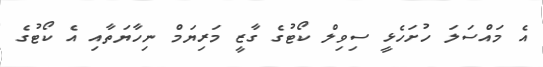
އެ މައްސަލަ ހުށަހެޅީ ސިވިލް ކޯޓުގެ ގާޒީ މަރިޔަމް ނިހާޔަތާއި އެ ކޯޓުގެ